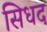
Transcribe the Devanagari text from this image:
सिधद